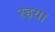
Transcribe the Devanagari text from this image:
रहया